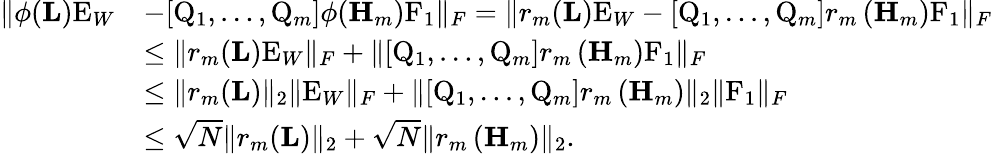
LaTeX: \begin{array}{rl}{\| \phi(\mathbf{L})\mathrm{E}_{W}}&{-[\mathrm{Q}_{1},\ldots,\mathrm{Q}_{m}]\phi(\mathbf{H}_{m})\mathrm{F}_{1}\| _{F}=\| r_{m}(\mathbf{L})\mathrm{E}_{W}-[\mathrm{Q}_{1},\ldots,\mathrm{Q}_{m}]r_{m}\left(\mathbf{H}_{m}\right)\mathrm{F}_{1}\| _{F}}\\ &{\leq\| r_{m}(\mathbf{L})\mathrm{E}_{W}\| _{F}+\| [\mathrm{Q}_{1},\ldots,\mathrm{Q}_{m}]r_{m}\left(\mathbf{H}_{m}\right)\mathrm{F}_{1}\| _{F}}\\ &{\leq\| r_{m}(\mathbf{L})\| _{2}\| \mathrm{E}_{W}\| _{F}+\| [\mathrm{Q}_{1},\ldots,\mathrm{Q}_{m}]r_{m}\left(\mathbf{H}_{m}\right)\| _{2}\| \mathrm{F}_{1}\| _{F}}\\ &{\leq\sqrt{N}\| r_{m}(\mathbf{L})\| _{2}+\sqrt{N}\| r_{m}\left(\mathbf{H}_{m}\right)\| _{2}.}\end{array}